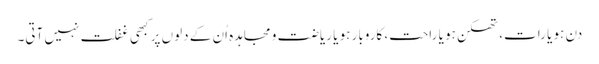
دن ہو یا رات، تھکن ہو یا راحت، کاروبار ہو یا ریاضت و مجاہدہ اُن کے دلوں پر کبھی غفلت نہیں آتی۔